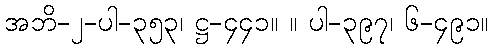
အဘိ-၂-ပါ-၃၅၃၊ ဋ္ဌ-၄၄၁။ ။ ပါ-၃၉၇၊ ၆-၄၉၁။